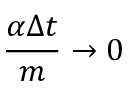
\frac { \alpha \Delta { t } } { m } \rightarrow 0